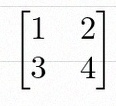
\begin{bmatrix}1&2\\3&4\end{bmatrix}